画像に写った文字を読んでください
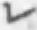
「レ」と書いてあります